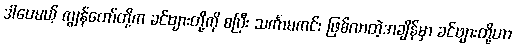
ဒါပေမယ့် ကျွန်တော်တို့က ခင်ဗျားတို့ကို စပြီး သင်္ကာမကင်း ဖြစ်လာတဲ့အချိန်မှာ ခင်ဗျားတို့ဟာ